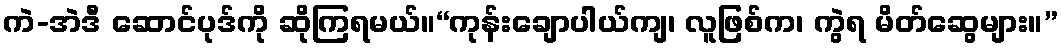
ကဲ-အဲဒီ ဆောင်ပုဒ်ကို ဆိုကြရမယ်။“ကုန်းချောပါယ်ကျ၊ လူဖြစ်က၊ ကွဲရ မိတ်ဆွေများ။”